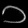
Digit: ၁